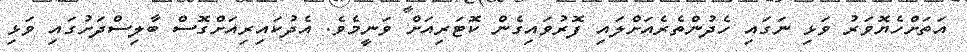
އަތަށްހެޔޮވަރު ވަޅި ނަގައި ހެދުންތެރެއަށްލައި ފޮރުވައިގެން ކޮޓަރިއަށް ވަނީމެވެ. އެދުކައިރިއަށްގޮސް ބާލިސްދަށުގައި ވަޅި